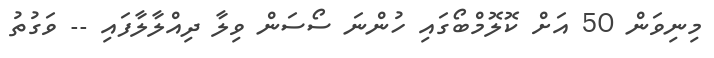
މިނިވަން 50 އަށް ކޮލޮމްބޯގައި ހުންނަ ސޯސަން ވިލާ ދިއްލާލާފައި -- ވަގުތު